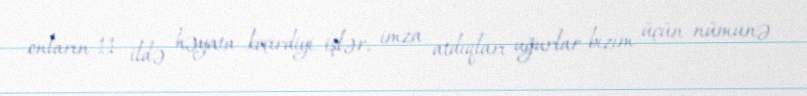
onların 11 ildə həyata keçirdiyi işlər, imza atdıqları uğurlar bizim üçün nümunə